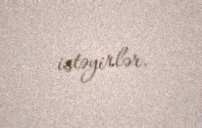
istəyirlər.